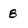
Character: 8